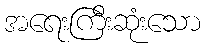
အရေးကြီးဆုံးသော